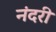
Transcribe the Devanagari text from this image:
नंदरी